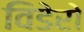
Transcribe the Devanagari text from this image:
विडेरो